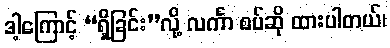
ဒါ့ကြောင့် “ရှိခြင်း”လို့ လင်္ကာ စပ်ဆို ထားပါတယ်၊